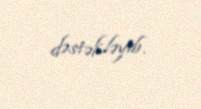
dəstəkləyib.